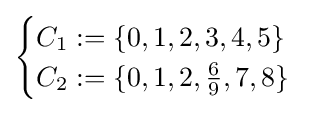
{\begin{cases}C_{1}:=\{0,1,2,3,4,5\}\\C_{2}:=\{0,1,2,{\tfrac {6}{9}},7,8\}\\\end{cases}}